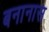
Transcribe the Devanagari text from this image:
बनानास